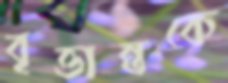
বৃত্তান্তকে